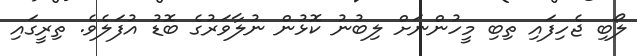
ލޯބި ޖެހިފައި ތިބި މީހުންނަށް ލިބުނު ކޮޅުން ނުލާވަރުގެ ބޮޑު އުފަލެވެ. ތިރީގައި